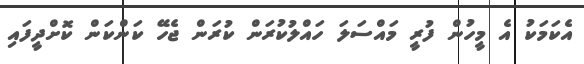
އެކަމަކު އެ މީހުން ފުރީ މައްސަލަ ހައްލުކުރަން ކުރަން ޖެހޭ ކަންކަން ކޮށްދީފައި